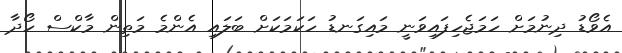
އެވޯޑު ދިނުމަށް ހަމަޖެހިފައިވަނީ މައިގަނޑު ހަކަމަކަށް ބަލައި އެންމެ މަތިން މާކްސް ހޯދާ